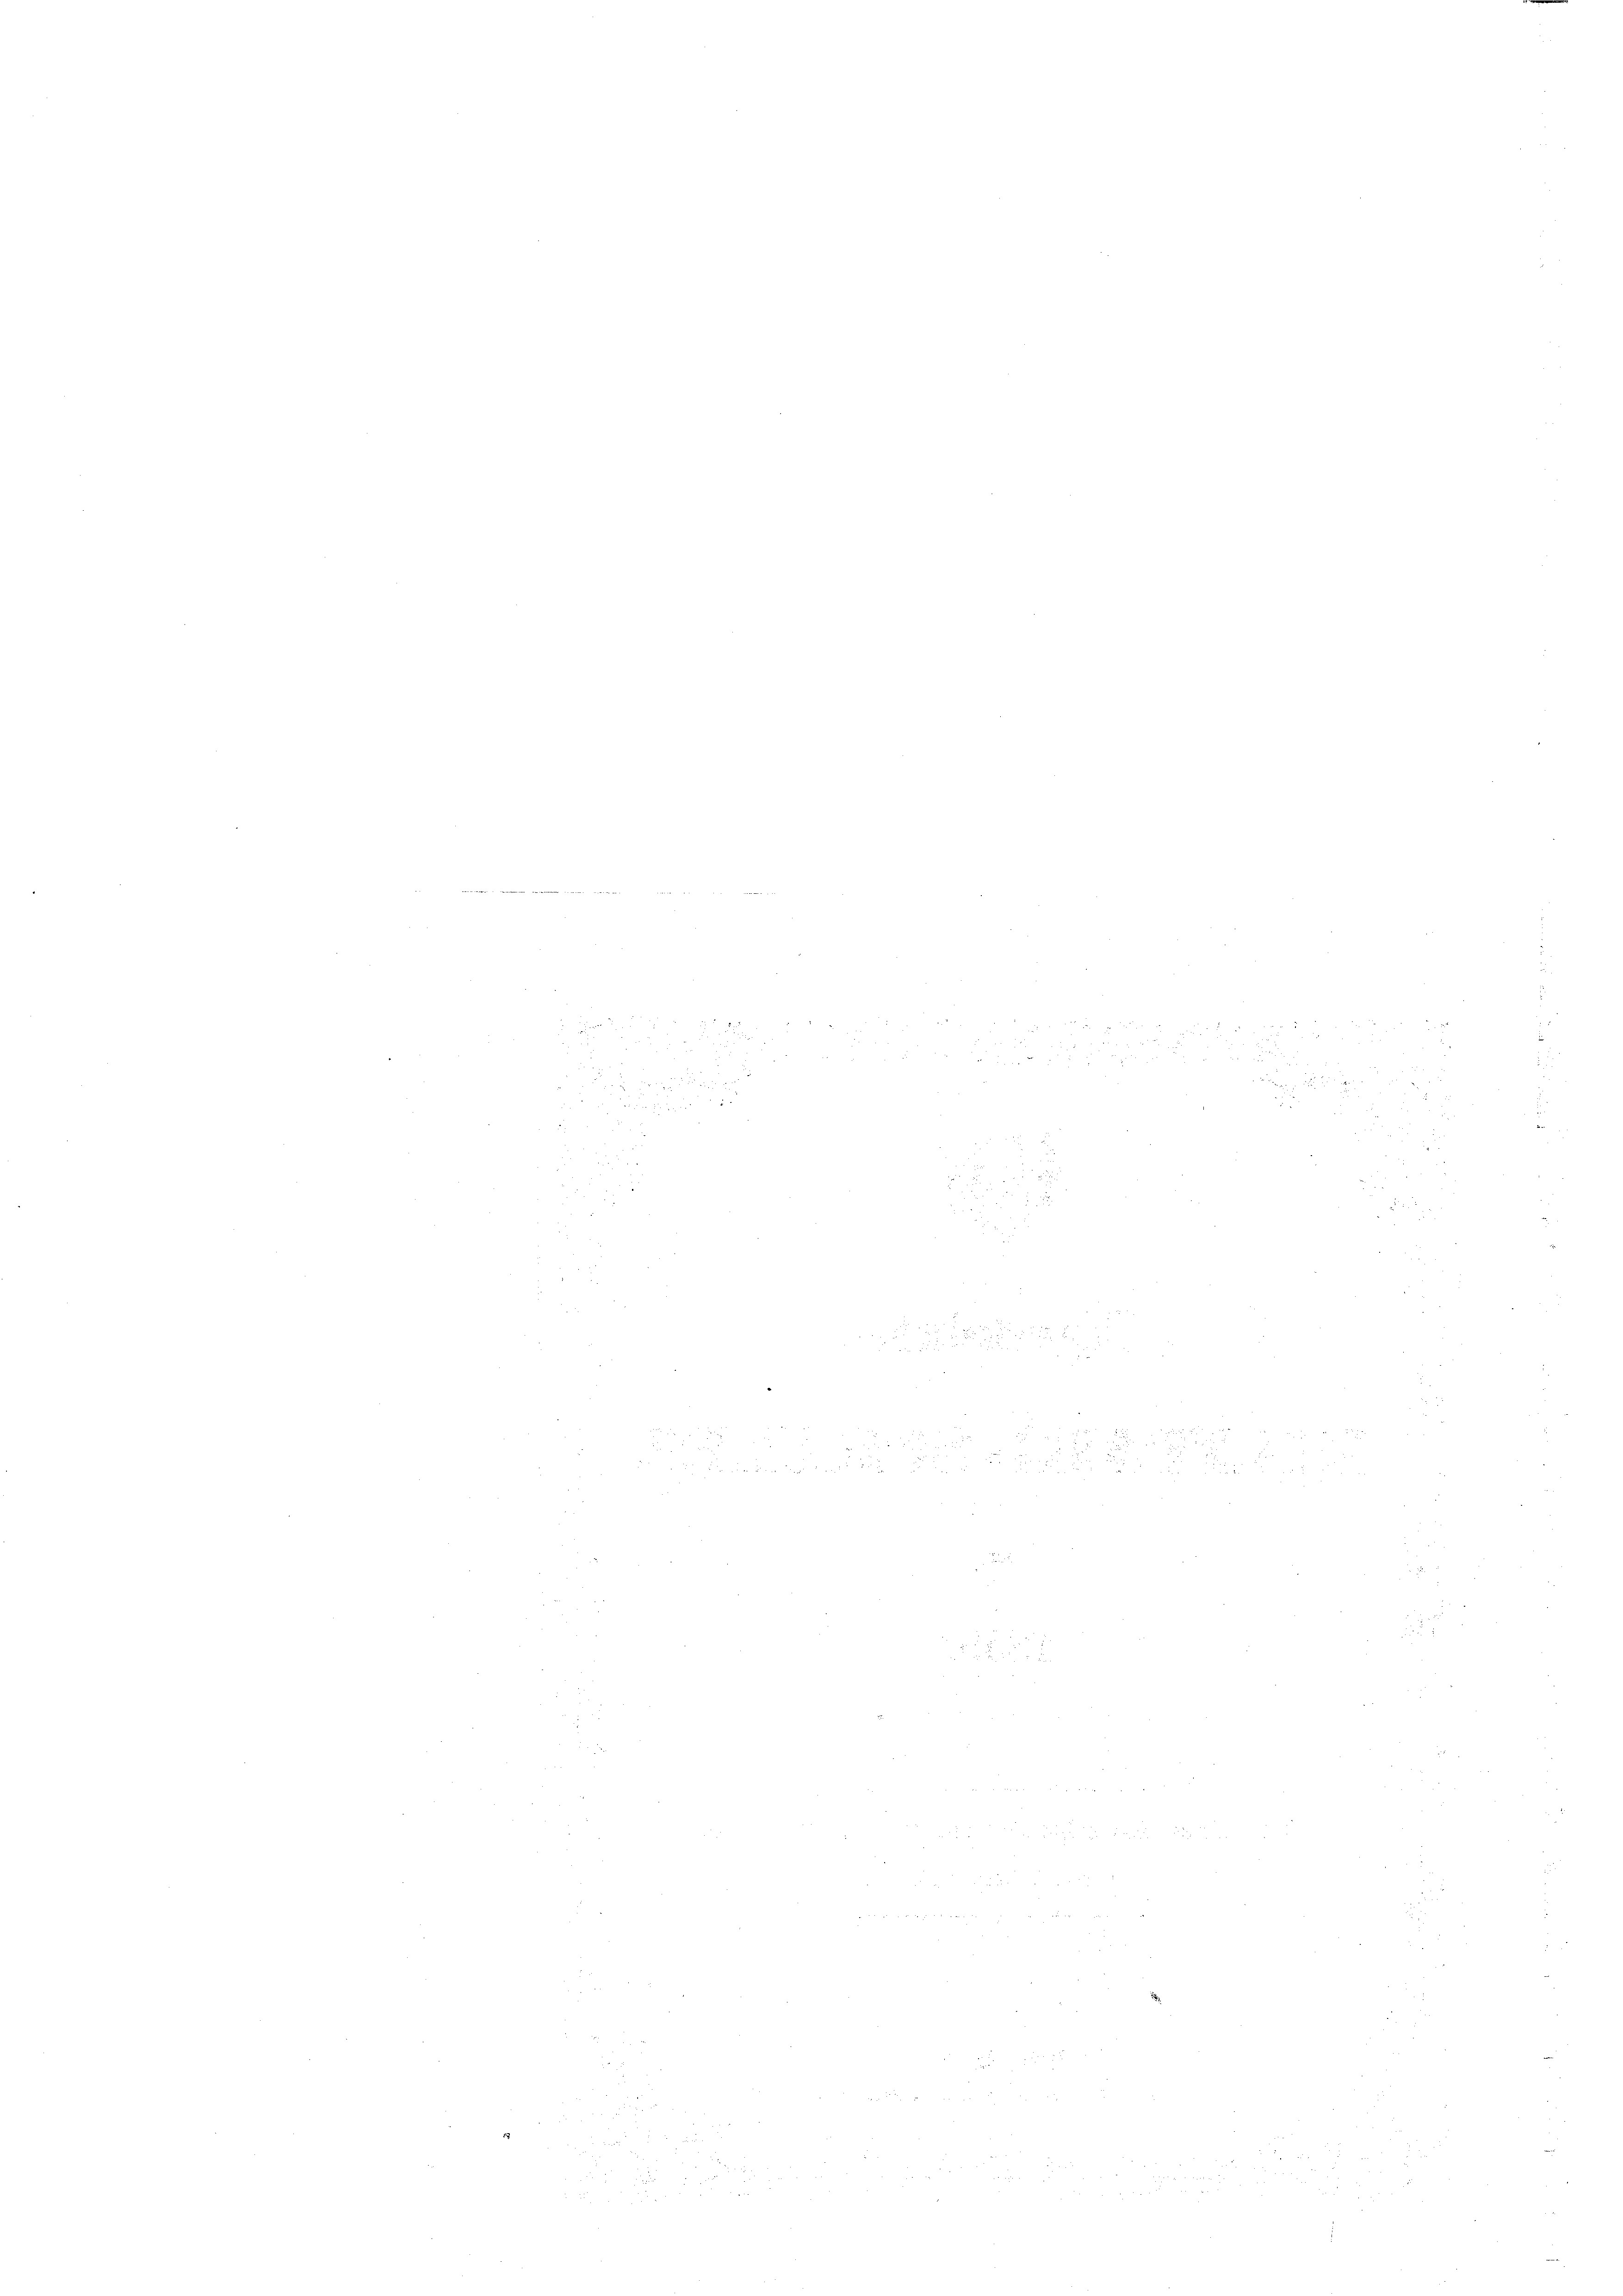
n

e

9

24 x

e
2
N 22
.
e
e
e
e
¬
e
e

2
2
 x 2 2
a

n
2
u

a

e
u
d
e

 . . . . .
¬

u
u

u
d
d
u
e
s
2
e
e
g
u
5
.
e
.
n
e
n
e

d

n
.
.
25
2
.
 2
.
8
2

e
¬

.

.
5 u.
n
e
2

e
e
e
u
e
.
n
r

e
22.

e
22
e

 9
28
2

5
5

n

n
n
n
u
e

8
n

d

u
.

 2
B

e
 27
n
 u 2
2
e

d
¬

e
n
2
2
e
u
2
n
18
2

28

.

23